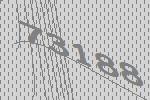
73188